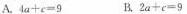
A.$$4 a + c = 9$$ B.$$2 a + c = 9$$